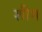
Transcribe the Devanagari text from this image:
शीम